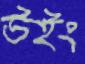
উইং